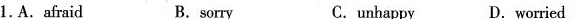
1.A.Afraid B.sorry C.unhappy D.worried